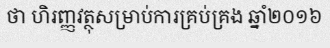
ថា ហិរញ្ញវត្ថុសម្រាប់ការគ្រប់គ្រង ឆ្នាំ២០១៦